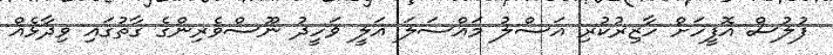
ފުލުސް އޮފީހަށް ހާޒިރުކުރި އަސްލު މައްސަލަ އަލީ ވަހީދު ނޫސްވެރިންގެ ގާތުގައި ވިދާޅެއް